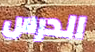
الدرس